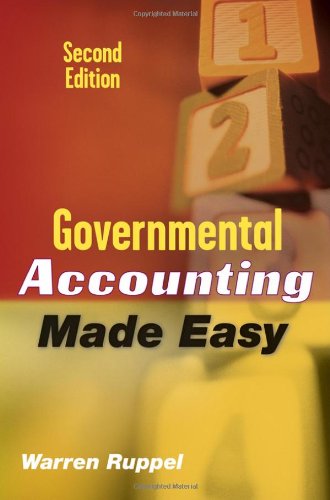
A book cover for Governmental Accounting Made Easy; Warren Ruppel; Business & Money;